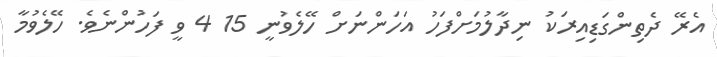
އެރޭ ދެތިންގަޑިއިރަކު ނިދާލުމަށްފަހު އަހަންނަށް ހޭލެވުނީ 15 4 ވީ ފަހުންނެވެ. ހޭލެވުމާ